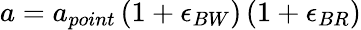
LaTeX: a=a_{point}\left(1+\epsilon_{BW}\right)\left(1+\epsilon_{BR}\right)